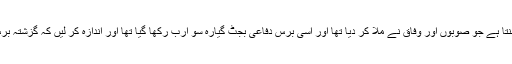
یو ں گزشتہ برس تعلیم کا بجٹ تقریباً گیارہ سو ارب بنتا ہے جو صوبوں اور وفاق نے ملا کر دیا تھا اور اسی برس دفاعی بجٹ گیارہ سو ارب رکھا گیا تھا اور اندازہ کر لیں کہ گزشتہ برس بھی ہمارا تعلیمی بجٹ، دفاعی بجٹ سے زیادہ تھا۔